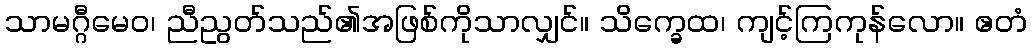
သာမဂ္ဂီမေဝ၊ ညီညွတ်သည်၏အဖြစ်ကိုသာလျှင်။ သိက္ခေထ၊ ကျင့်ကြကုန်လော။ ဧတံ